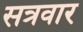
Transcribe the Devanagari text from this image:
सत्रवार